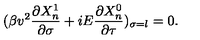
( \beta v ^ { 2 } \frac { \partial X _ { n } ^ { 1 } } { \partial \sigma } + i E \frac { \partial X _ { n } ^ { 0 } } { \partial \tau } ) _ { \sigma = l } = 0 .